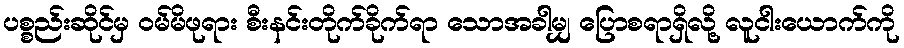
ပစ္စည်းဆိုင်မှ ဝမ်မိဖုရား စီးနင်းတိုက်ခိုက်ရာ သောအခါမျှ ပြောစရာရှိလို့ လူငါးယောက်ကို